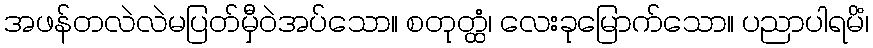
အဖန်တလဲလဲမပြတ်မှီဝဲအပ်သော။ စတုတ္ထံ၊ လေးခုမြောက်သော။ ပညာပါရမိံ၊